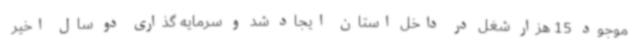
موجود 15 هزار شغل در داخل استان ایجاد شد و سرمایه گذاری دو سال اخیر